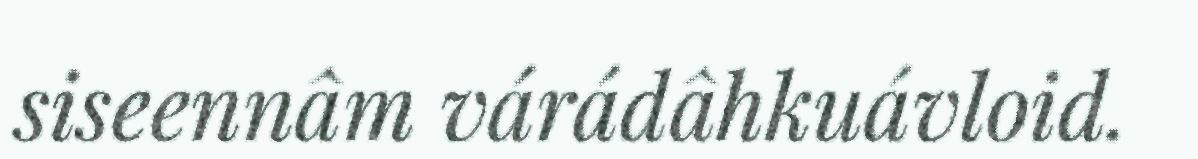
siseennâm várádâhkuávloid.